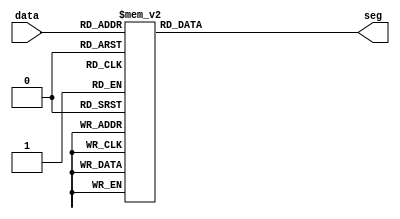

module led_display(input [3:0] data,
                   output reg [7:0] seg);
always@(*)
begin
  case(data[3:0])
    4'b0000 : seg[7:0] = 8'b11000000;
    4'b0001 : seg[7:0] = 8'b11111001;
    4'b0010 : seg[7:0] = 8'b10100100;
    4'b0011 : seg[7:0] = 8'b10110000;
    4'b0100 : seg[7:0] = 8'b10011001;
    4'b0101 : seg[7:0] = 8'b10010010;
    4'b0110 : seg[7:0] = 8'b10000010;
    4'b0111 : seg[7:0] = 8'b11111000;
    4'b1000 : seg[7:0] = 8'b10000000;
    4'b1001 : seg[7:0] = 8'b10011000;
    4'b1010 : seg[7:0] = 8'b10001000;
    4'b1011 : seg[7:0] = 8'b10000011;
    4'b1100 : seg[7:0] = 8'b11000110;
    4'b1101 : seg[7:0] = 8'b10100001;
    4'b1110 : seg[7:0] = 8'b10000110;
    default : seg[7:0] = 8'b10001110;
  endcase
end
endmodule